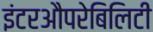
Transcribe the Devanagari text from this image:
इंटरऔपरेबिलिटी